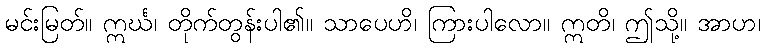
မင်းမြတ်။ ဣင်္ဃ၊ တိုက်တွန်းပါ၏။ သာပေဟိ၊ ကြားပါလော။ ဣတိ၊ ဤသို့။ အာဟ၊